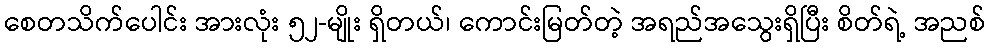
စေတသိက်ပေါင်း အားလုံး ၅၂-မျိုး ရှိတယ်၊ ကောင်းမြတ်တဲ့ အရည်အသွေးရှိပြီး စိတ်ရဲ့ အညစ်